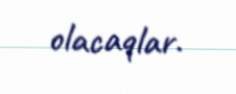
olacaqlar.